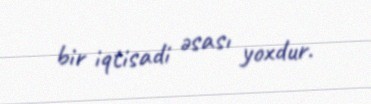
bir iqtisadi əsası yoxdur.